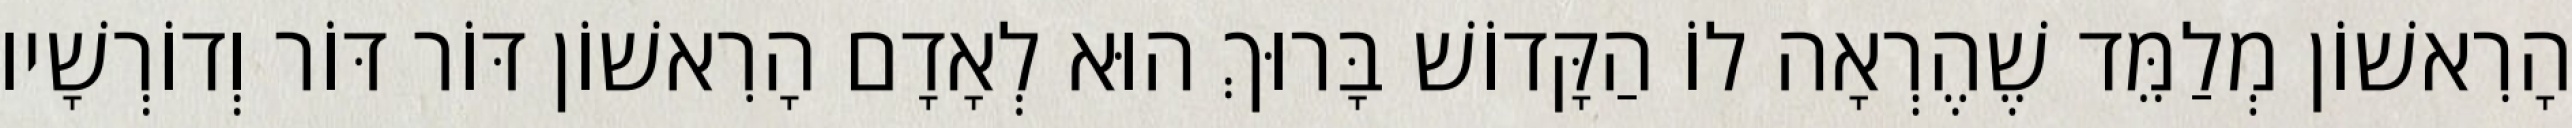
הָרִאשׁוֹן מְלַמֵּד שֶׁהֶרְאָה לוֹ הַקָּדוֹשׁ בָּרוּךְ הוּא לְאָדָם הָרִאשׁוֹן דּוֹר דּוֹר וְדוֹרְשָׁיו